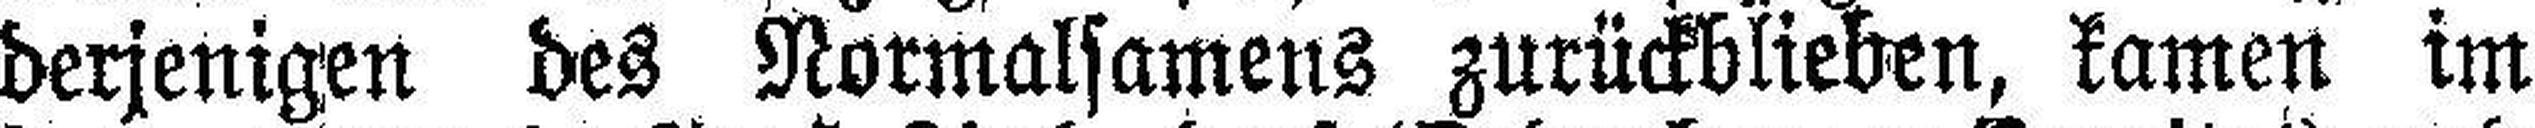
derjenigen des Normalsamens zurückblieben, kamen im